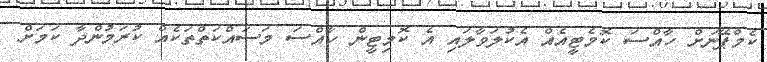
ކެމްޕޭނަށް ހާއްސަ ކޮމެޓީއެއް އެކުލަވާލައި އެ ކޮމިޓީން ހާއްސަ މަސަައްކަތްތަކެއް ކުރަމުންދާ ކަމަށް